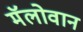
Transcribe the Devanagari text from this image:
मॅलोवान